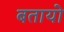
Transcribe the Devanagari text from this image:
बतायो